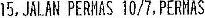
15, JALAN PERMAS 10/7, PERMAS